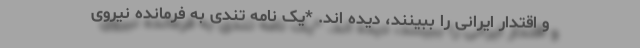
و اقتدار ایرانی را ببینند، دیده اند. *یک نامه تندی به فرمانده نیروی